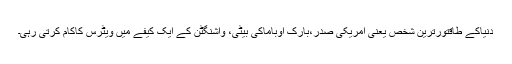
دنیاکے طاقتورترین شخص یعنی امریکی صدر،بارک اوباماکی بیٹی، واشنگٹن کے ایک کیفے میں ویٹرس کاکام کرتی رہی۔